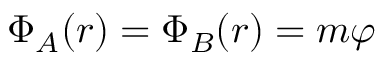
\Phi _ { A } ( \boldsymbol { r } ) = \Phi _ { B } ( \boldsymbol { r } ) = m \varphi